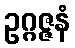
ဥဂ္ဂဇ္ဇနံ